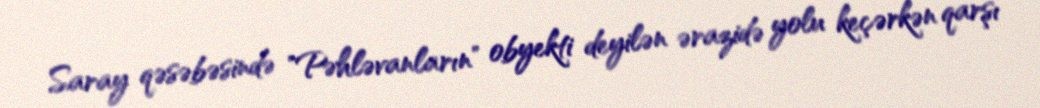
Saray qəsəbəsində "Pəhləvanların" obyekti deyilən ərazidə yolu keçərkən qarşı